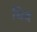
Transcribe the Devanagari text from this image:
चिद